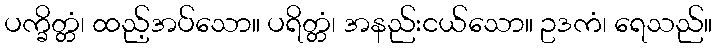
ပက္ခိတ္တံ၊ ထည့်အပ်သော။ ပရိတ္တံ၊ အနည်းငယ်သော။ ဥဒကံ၊ ရေသည်။